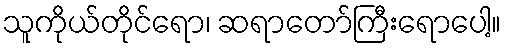
သူကိုယ်တိုင်ရော၊ ဆရာတော်ကြီးရောပေါ့။